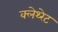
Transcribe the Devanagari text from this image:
क्लेथ्‍रेट